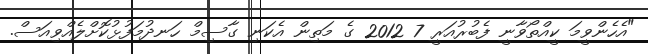
"އެހެންވީމަ ކީއްތޯވާނީ ފެބުރުއަރީ 7 2012 ގެ މަތިން އެކަނި ގާސިމް ހަނދުމަފުޅުކޮށްލެއްވިއަސް.